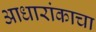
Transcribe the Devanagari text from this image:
आधारांकाचा